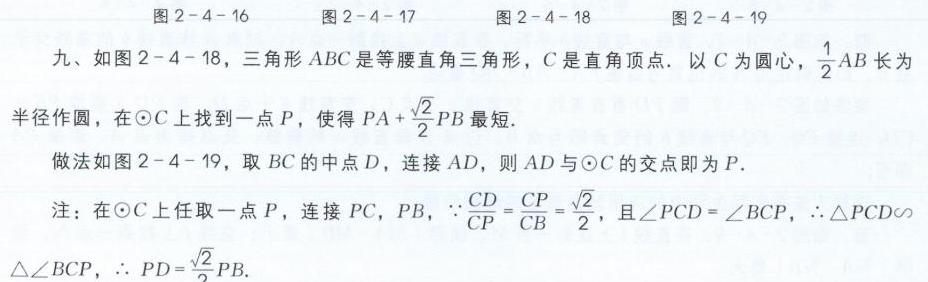
图2 - 4 - 16\quad 图2 - 4 - 17\quad 图2 - 4 - 18\quad 图2 - 4 - 19
九、如图2 - 4 - 18，三角形\(ABC\)是等腰直角三角形，\(C\)是直角顶点. 以\(C\)为圆心，\(\frac{1}{2}AB\)长为半径作圆，在\(\odot C\)上找到一点\(P\)，使得\(PA + \frac{\sqrt{2}}{2}PB\)最短.
做法如图2 - 4 - 19，取\(BC\)的中点\(D\)，连接\(AD\)，则\(AD\)与\(\odot C\)的交点即为\(P\).
注：在\(\odot C\)上任取一点\(P\)，连接\(PC\)，\(PB\)，\(\because\frac{CD}{CP}=\frac{CP}{CB}=\frac{\sqrt{2}}{2}\)，且\(\angle PCD = \angle BCP\)，\(\therefore\triangle PCD\sim\triangle BCP\)，\(\therefore PD = \frac{\sqrt{2}}{2}PB\).